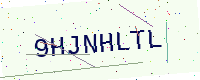
Text: 9HJNHLTL